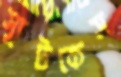
স্যুটকেস